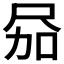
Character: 𪨎